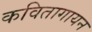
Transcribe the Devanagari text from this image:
कवितागायन